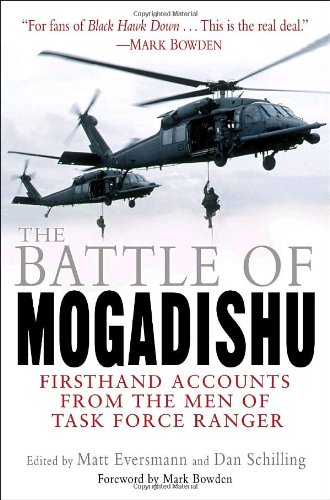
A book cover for The Battle of Mogadishu: Firsthand Accounts from the Men of Task Force Ranger; Health, Fitness & Dieting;